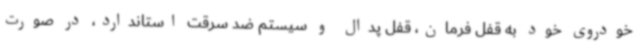
خودروی خود به قفل فرمان، قفل پدال و سیستم ضد سرقت استاندارد، در صورت